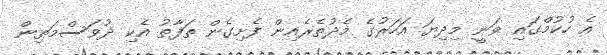
އެ ހުކުމްގައި ވަނީ މިދިޔަ އަހަރުގެ މެދުތެރެއިން ފެށިގެން ތަފާތު އެކި ދުވަސްމަތިން